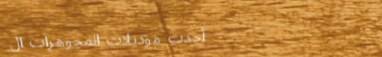
أحدث موديلات المجوهرات ال